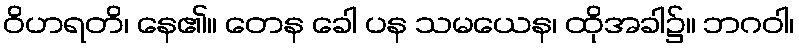
ဝိဟရတိ၊ နေ၏။ တေန ခေါ ပန သမယေန၊ ထိုအခါ၌။ ဘဂဝါ၊